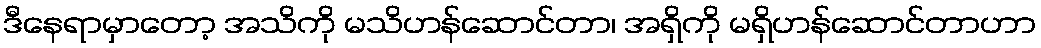
ဒီနေရာမှာတော့ အသိကို မသိဟန်ဆောင်တာ၊ အရှိကို မရှိဟန်ဆောင်တာဟာ